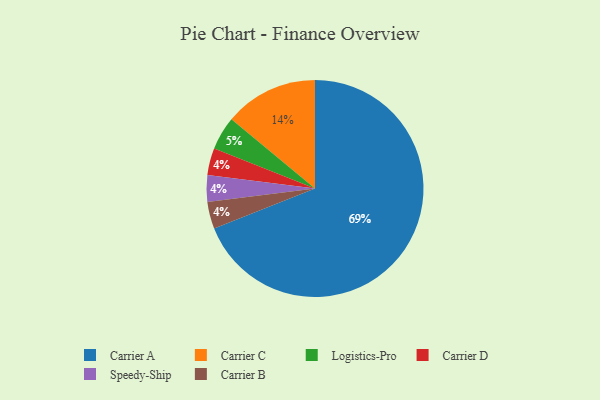
{"axis": {"x": "Category", "y": "Percentage"}, "legend": ["Carrier A", "Carrier B", "Carrier C", "Carrier D", "Logistics-Pro", "Speedy-Ship"], "data": [{"x": "Carrier D", "y": 4, "type": "Carrier D"}, {"x": "Speedy-Ship", "y": 4, "type": "Speedy-Ship"}, {"x": "Carrier A", "y": 69, "type": "Carrier A"}, {"x": "Carrier C", "y": 14, "type": "Carrier C"}, {"x": "Carrier B", "y": 4, "type": "Carrier B"}, {"x": "Logistics-Pro", "y": 5, "type": "Logistics-Pro"}]}